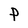
Character: P